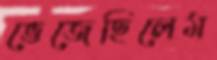
ভেজেছিলেম